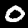
Label: 0